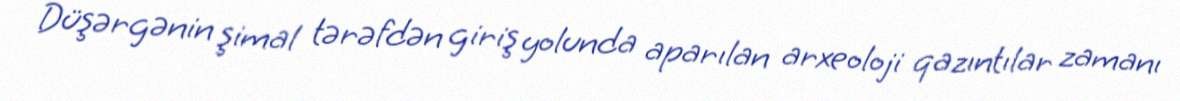
Düşərgənin şimal tərəfdən giriş yolunda aparılan arxeoloji qazıntılar zamanı